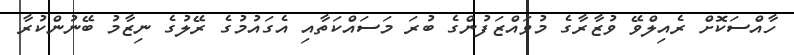
ހާއްސަކޮށް ރެއިލްވޭ ވުޒާރާގެ މުވައްޒަފުންގެ ބުރަ މަސައްކަތާއި އެގައުމުގެ ރޭލުގެ ނިޒާމު ބޭނުންކުރާ